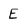
Character: E